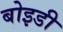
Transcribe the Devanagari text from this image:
बोइडी